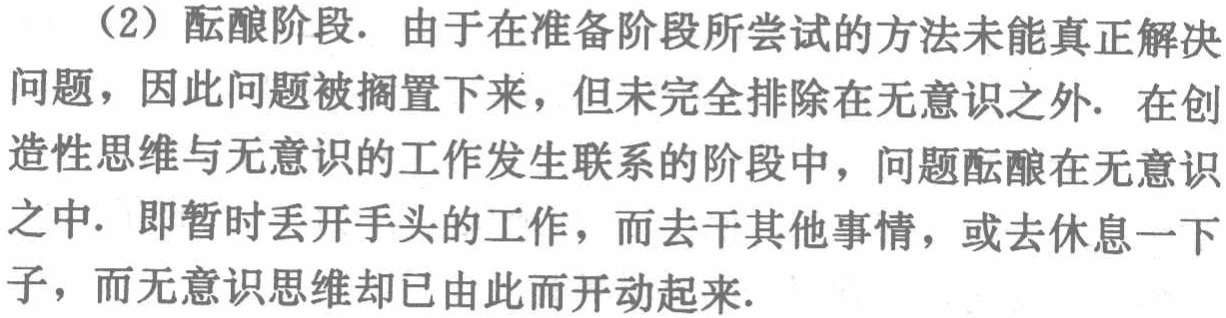
（2）酝酿阶段. 由于在准备阶段所尝试的方法未能真正解决问题，因此问题被搁置下来，但未完全排除在无意识之外. 在创造性思维与无意识的工作发生联系的阶段中，问题酝酿在无意识之中. 即暂时丢开手头的工作，而去干其他事情，或去休息一下子，而无意识思维却已由此而开动起来.